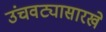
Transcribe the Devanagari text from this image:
उंचवट्यासारखे